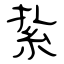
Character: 紥